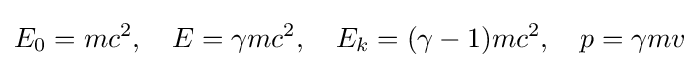
E_{0}=mc^{2},\quad E=\gamma mc^{2},\quad E_{k}=(\gamma -1)mc^{2},\quad p=\gamma mv